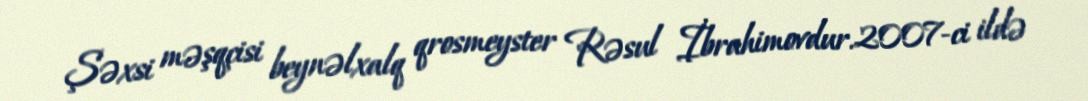
Şəxsi məşqçisi beynəlxalq qrosmeyster Rəsul İbrahimovdur.2007-ci ildə